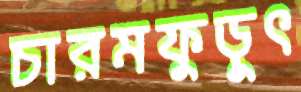
চারমফুড়ুৎ